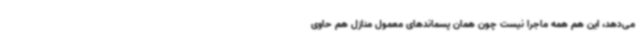
می‌دهد،‌ این هم همه ماجرا نیست چون همان پسماندهای معمول منازل هم حاوی